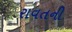
રાવતની